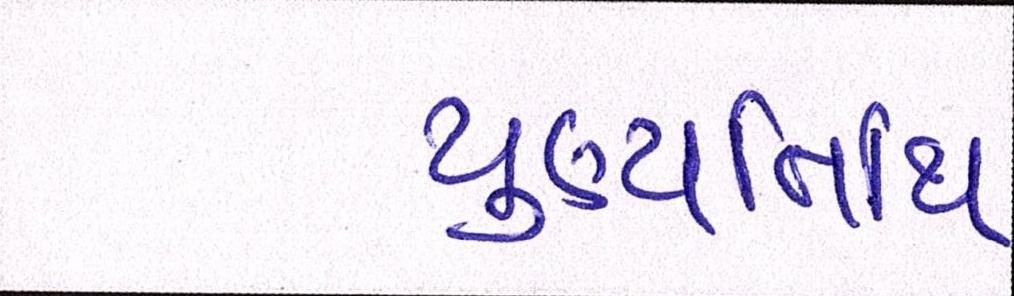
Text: પુણ્યતિથિ